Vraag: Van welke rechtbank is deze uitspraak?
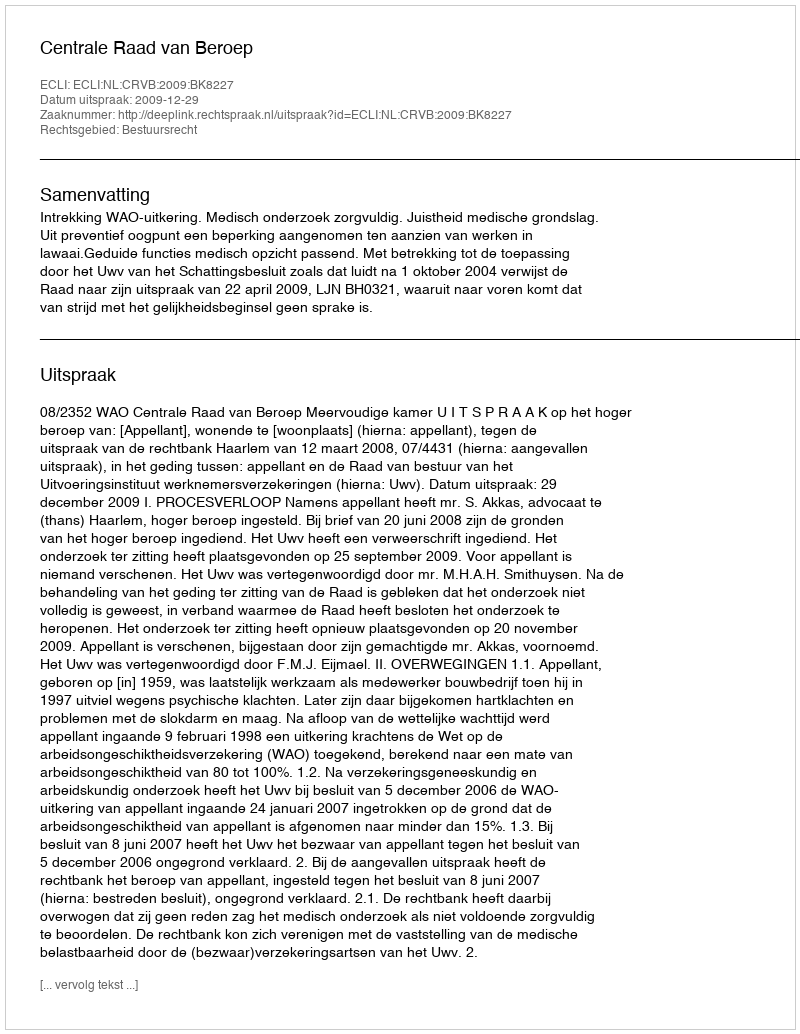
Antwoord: Centrale Raad van Beroep